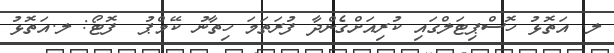
ލ. އަތޮޅު ހޮސްޕިޓަލްގައި ކުރިއަށްގެންދާ ފުރަތަމަ ހިތާނު ކޭމްޕު  ފޮޓޯ: ލ.އަތޮޅު